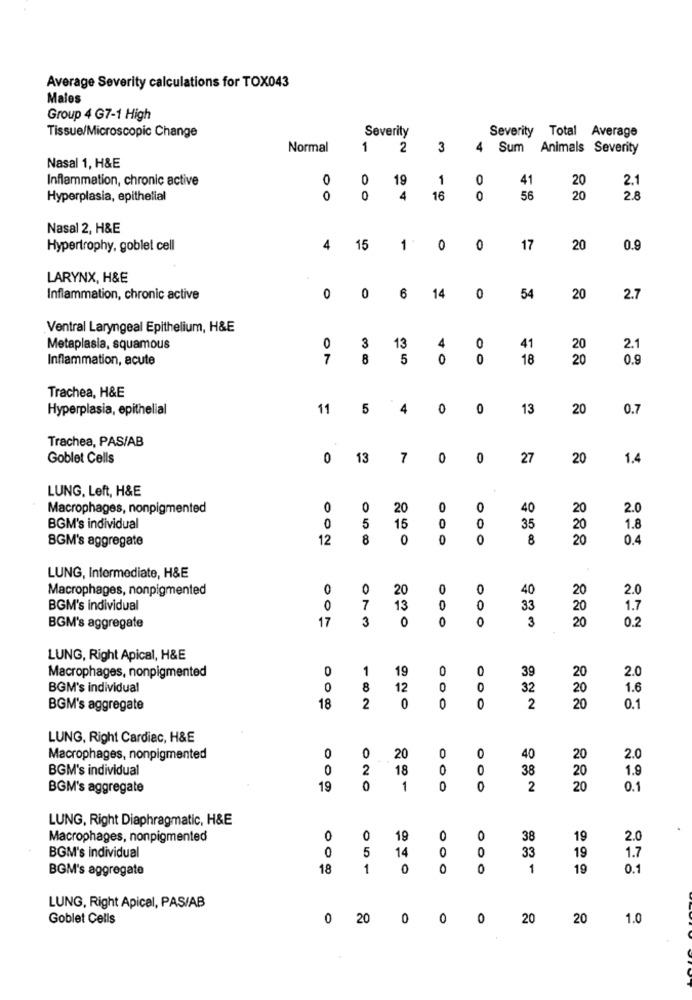
Average Severity calculations for TOX043
Males
Group 4 G7-1 High
Severity
Severity Total Average
Tissue/Microscopic Change
Normal
1
2
3
4
Sum Animals Severity
Nasal 1, H&E
Inflammation, chronic active
0
O
19
1
0
41
20
2.1
Hyperplasia, epithelial
0
0
4
16
0
56
20
2.8
Nasal 2, H&E
Hypertrophy, goblet cell
4
15
1 .
0
0
17
20
0.9
LARYNX, H&E
14
Inflammation, chronic active
0
0
6
0
54
20
2.7
Ventral Laryngeal Epithelium, H&E
3
13
Metaplasia, squamous
0
4
0
41
20
2.1
Inflammation, acute
7
8
5
0
0
18
20
0.9
Trachea, H&E
Hyperplasia, epithelial
11
5
4
0
0
13
20
0.7
Trachea, PAS/AB
Goblet Cells
0
13
7
0
0
27
20
1.4
LUNG, Left, H&E
Macrophages, nonpigmented
0
O
20
0
0
40
20
2.0
BGM's individual
0
5
15
O
35
20
1.8
SGM's aggregate
12
8
0
0
00
8
20
0.4
LUNG, Intermediate, H&E
Macrophages, nonpigmented
0
20
0
0
40
20
2.0
BGM's individual
0
7
13
0
0
33
20
1.7
17
3
0
0
0
3
20
BGM's aggregate
0.2
LUNG, Right Apical, H&E
0
1
19
0
0
39
20
Macrophages, nonpigmented
2.0
BGM's individual
0
8
12
0
0
32
20
1.6
BGM's aggregate
18
2
0
0
2
20
0.1
LUNG, Right Cardiac, H&E
0
0
0
0
Macrophages, nonpigmented
20
40
20
2.0
BGM's individual
0
2
18
O
O
38
20
1.9
BGM's aggregate
19
1
O
0
2
20
0.1
LUNG, Right Diaphragmatic, H&E
Macrophages, nonpigmented
0
0
19
0
0
38
19
2.0
0
5
14
0
0
33
BGM's individual
19
1.7
BGM's aggregate
18
1
0
0
1
19
0.1
LUNG, Right Apical, PAS/AB
Goblet Cells
0
20
0
0
0
20
20
1.0